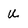
Character: u